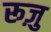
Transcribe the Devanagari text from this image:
रूज़ु